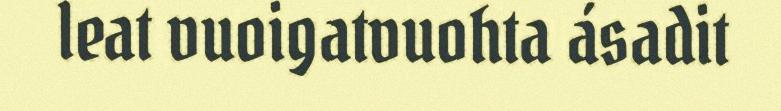
leat vuoigatvuohta ásadit